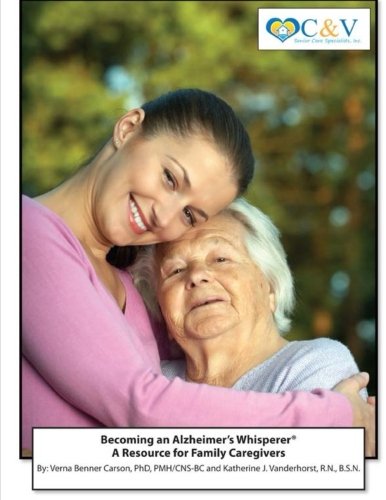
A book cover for Becoming an Alzheimer's Whisperer: A Resource Guide for Family Caregivers; Dr. Verna Carson; Health, Fitness & Dieting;